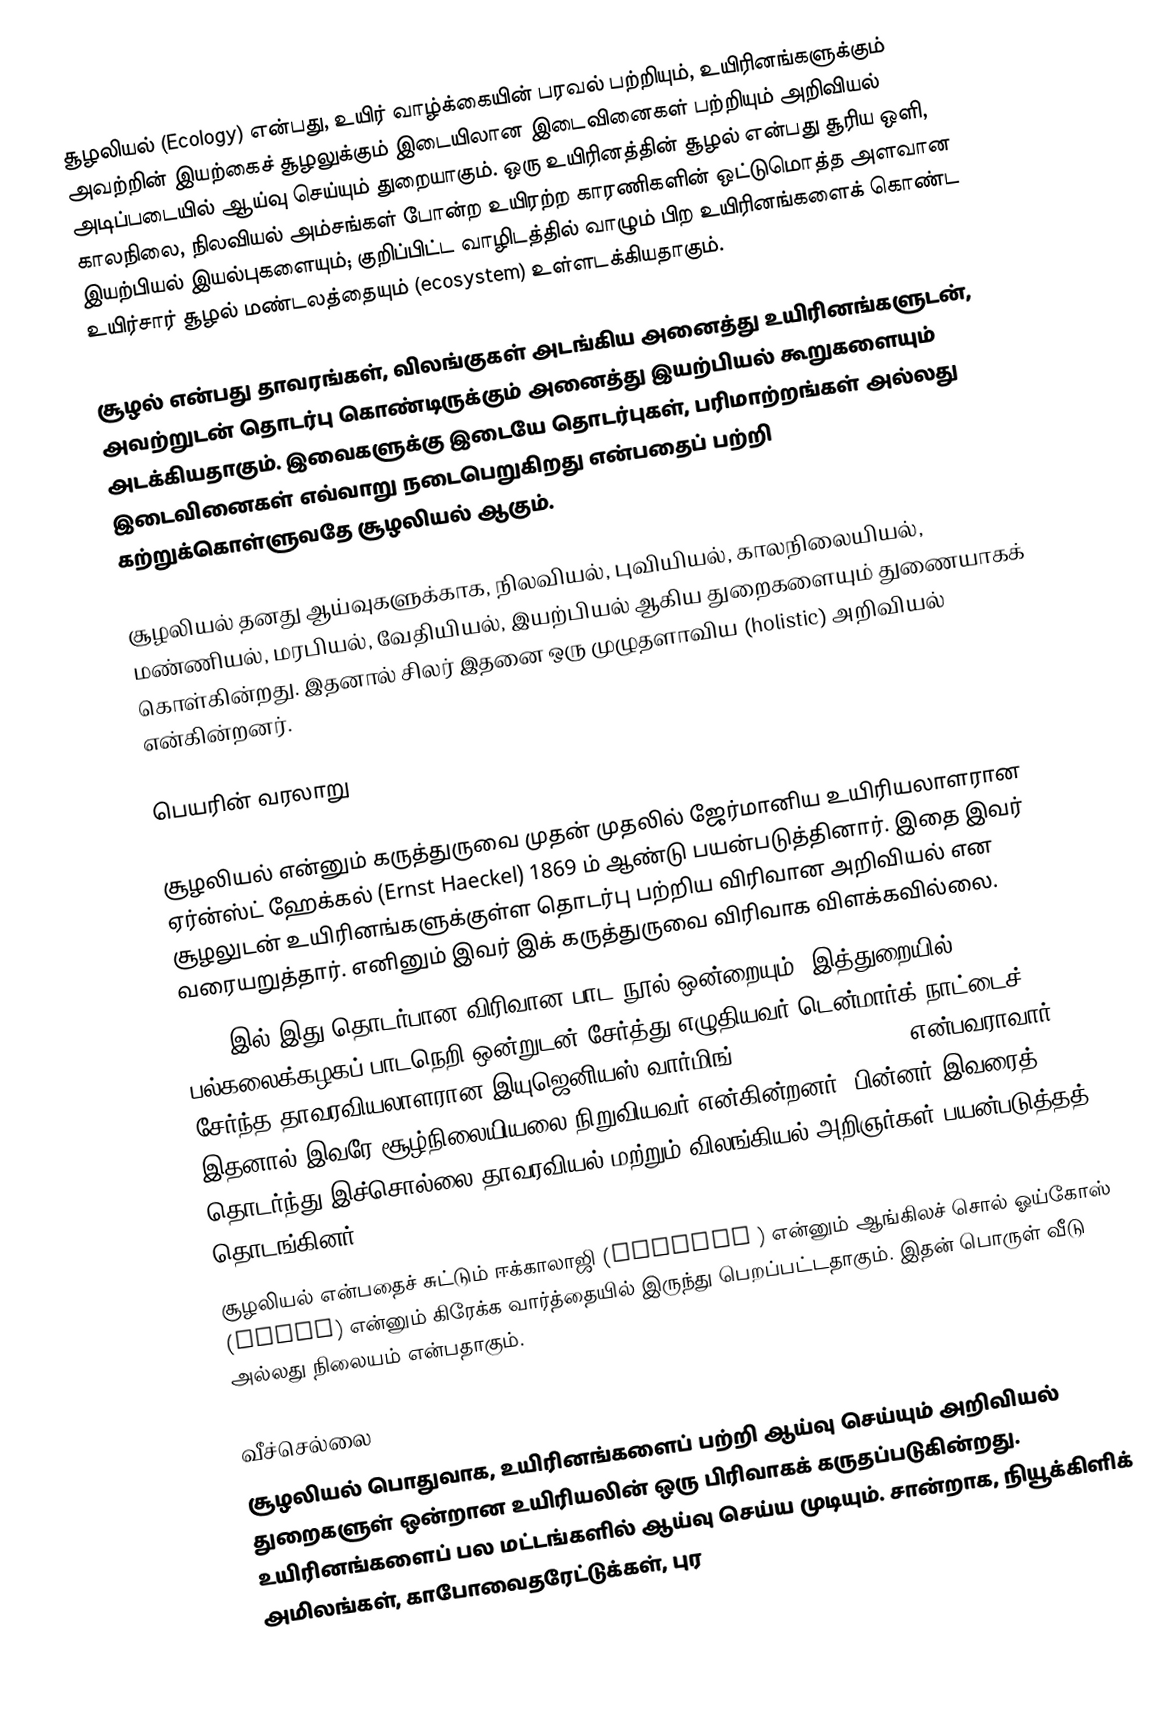
சூழலியல் (Ecology) என்பது, உயிர் வாழ்க்கையின் பரவல் பற்றியும், உயிரினங்களுக்கும் அவற்றின் இயற்கைச் சூழலுக்கும் இடையிலான இடைவினைகள் பற்றியும் அறிவியல் அடிப்படையில் ஆய்வு செய்யும் துறையாகும். ஒரு உயிரினத்தின் சூழல் என்பது சூரிய ஒளி, காலநிலை, நிலவியல் அம்சங்கள் போன்ற உயிரற்ற காரணிகளின் ஒட்டுமொத்த அளவான இயற்பியல் இயல்புகளையும்; குறிப்பிட்ட வாழிடத்தில் வாழும் பிற உயிரினங்களைக் கொண்ட உயிர்சார் சூழல் மண்டலத்தையும் (ecosystem) உள்ளடக்கியதாகும்.

சூழல் என்பது தாவரங்கள், விலங்குகள் அடங்கிய அனைத்து உயிரினங்களுடன், அவற்றுடன் தொடர்பு கொண்டிருக்கும் அனைத்து இயற்பியல் கூறுகளையும் அடக்கியதாகும். இவைகளுக்கு இடையே தொடர்புகள், பரிமாற்றங்கள் அல்லது இடைவினைகள் எவ்வாறு நடைபெறுகிறது என்பதைப் பற்றி கற்றுக்கொள்ளுவதே சூழலியல் ஆகும்.

சூழலியல் தனது ஆய்வுகளுக்காக, நிலவியல், புவியியல், காலநிலையியல், மண்ணியல், மரபியல், வேதியியல், இயற்பியல் ஆகிய துறைகளையும் துணையாகக் கொள்கின்றது. இதனால் சிலர் இதனை ஒரு முழுதளாவிய (holistic) அறிவியல் என்கின்றனர்.

பெயரின் வரலாறு

 சூழலியல் என்னும் கருத்துருவை முதன் முதலில் ஜேர்மானிய உயிரியலாளரான ஏர்ன்ஸ்ட் ஹேக்கல் (Ernst Haeckel) 1869 ம் ஆண்டு பயன்படுத்தினார். இதை இவர் சூழலுடன் உயிரினங்களுக்குள்ள தொடர்பு பற்றிய விரிவான அறிவியல் என வரையறுத்தார். எனினும் இவர் இக் கருத்துருவை விரிவாக விளக்கவில்லை.
 1895 இல் இது தொடர்பான விரிவான பாட நூல் ஒன்றையும், இத்துறையில் பல்கலைக்கழகப் பாடநெறி ஒன்றுடன் சேர்த்து எழுதியவர் டென்மார்க் நாட்டைச் சேர்ந்த தாவரவியலாளரான இயுஜெனியஸ் வார்மிங் (Eugenius Warming) என்பவராவார். இதனால் இவரே சூழ்நிலையியலை நிறுவியவர் என்கின்றனர். பின்னர் இவரைத் தொடர்ந்து இச்சொல்லை தாவரவியல் மற்றும் விலங்கியல் அறிஞர்கள் பயன்படுத்தத் தொடங்கினர்.
 சூழலியல் என்பதைச் சுட்டும் ஈக்காலாஜி (Ecology ) என்னும் ஆங்கிலச் சொல் ஓய்கோஸ் (oikos) என்னும் கிரேக்க வார்த்தையில் இருந்து பெறப்பட்டதாகும். இதன் பொருள் வீடு அல்லது நிலையம் என்பதாகும்.

வீச்செல்லை
 சூழலியல் பொதுவாக, உயிரினங்களைப் பற்றி ஆய்வு செய்யும் அறிவியல் துறைகளுள் ஒன்றான உயிரியலின் ஒரு பிரிவாகக் கருதப்படுகின்றது. உயிரினங்களைப் பல மட்டங்களில் ஆய்வு செய்ய முடியும். சான்றாக, நியூக்கிளிக் அமிலங்கள், காபோவைதரேட்டுக்கள், புர